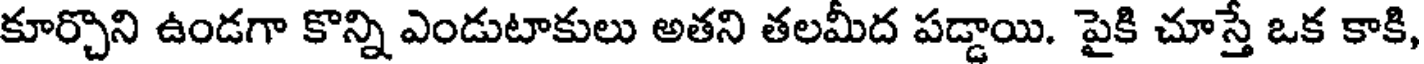
కూర్చొని ఉండగా కొన్ని ఎండుటాకులు అతని తలమీద పడ్డాయి. పైకి చూస్తే ఒక కాకి,